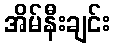
အိမ်နီးချင်း